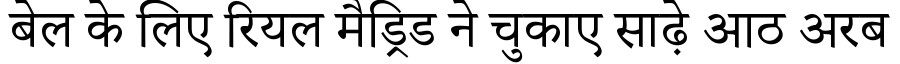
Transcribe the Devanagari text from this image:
बेल के लिए रियल मैड्रिड ने चुकाए साढ़े आठ अरब